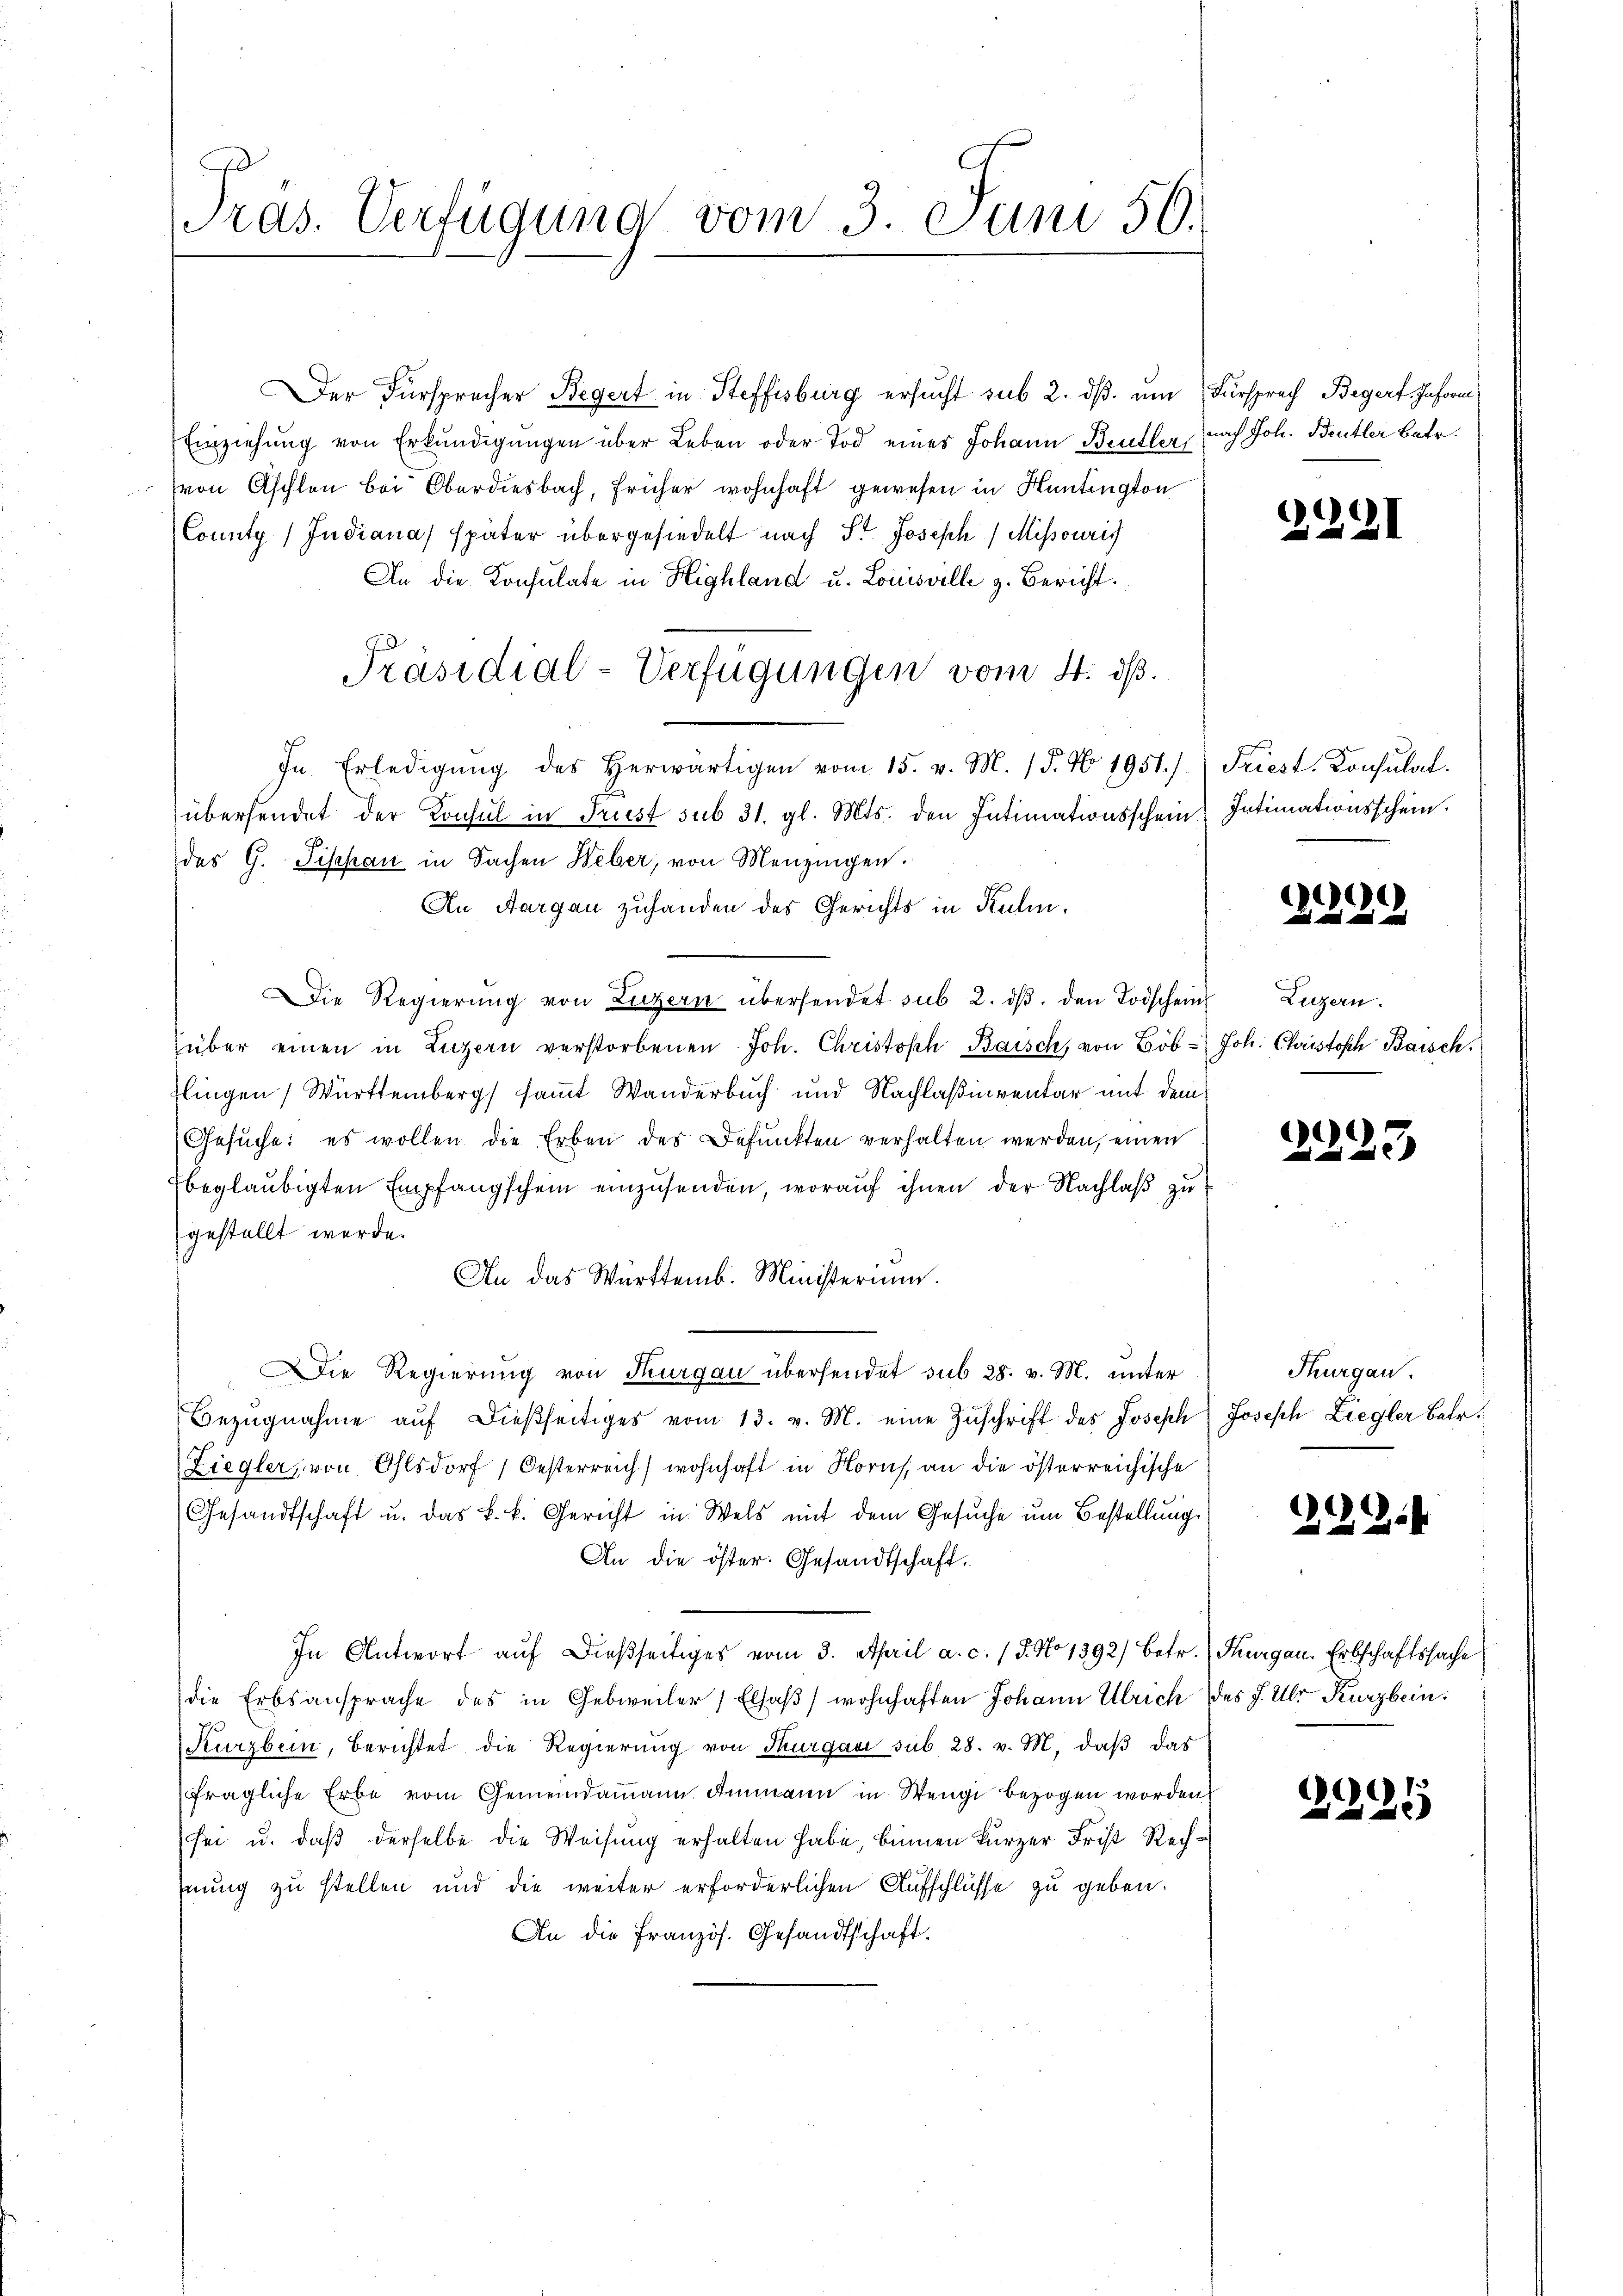
Pras. Verfügung vom 3. Juni 50.

Der Fürsprecher Begert in Steffisburg ersucht sub 2. dβ ŭm Fürsprach Begert. Inforn,
Einziehung von Erkundigungen über Leben oder Tod eines Johann Bentler, nach Joh. Bentler Betr.
von Aschlen bei Oberdiesbach, früher wohnhaft gewesen in Huntington
County / Indiana später übergesiedelt nach St. Joseph Missouris
An die Konsulate in Highland u. Louisville z. Bericht.
Präsidial-Verfügungen vom 4. dß.
In Erledigŭng des herwärtigen vom 15. v. M. 15. No. 1951.) Friest. Consulat
übersendet der Konsul in Prust sub 31. gl. Mts. den Intimationsschein Intimationsschein.
des G. Pischau in Sachen Weber, von Menzingen.
An Aargau zuhanden des Gerichts in Kulm,
Die Regierŭng von Luzern übersendet sub 2. dβ. den Todschein
über einen in Luzern verstorbenen Joh. Christoph Baisch, von Böb Joh. Christoph Baisch
dlingen Württemberg samt Wanderbuch und Nachlaßinventar mit dem
Gesuche: es wollen die Erben des Befunkten verhalten werden, einen
beglaubigten Empfangschein einzusenden, worauf ihnen der Nachlaß zu
gestellt werde.
An das Württemb. Ministerium.
Die Regierung von Thurgau übersendet sub 28. v. M. unter
Bezŭgnahme aŭf dießseitiges vom 13. v. M. eine Zŭschrift des Joseph Joseph Liegler Betr.
Ziegler, von Ohlsdorf, Oesterreich wohnhaft in Horns an die österreichische
Gesandtschaft u. das k. k. Gericht in Wels mit dem Gesuche um Bestellung.
An die öster. Gesandtschaft.
In Antwort auf dießseitiges vom 3. April a. c. / 5. No 1392) betr. Thurgau, Erbschaftssache
die Erbsansprache des in Gebweiler, Elsaβ) wohnhaften Johann Ulrich des J. Uhr Kurzbein.
Kurzbein, Berichtet die Regierŭng von Thurgau sub 28. v. M. daβ das
fragliche Erbe vom Gemeindammann Ammann in Wengi bezogen worden
sei u. daß derselbe die Weisung erhalten habe, binnen kurzer Frist Rechhnung zu stellen und die weiter erforderlichen Aufschlüsse zu geben.
An die Französ. Gesandtschaft

2221

G

.

Luzern.

2223

Thurgau.

2

.

2

.

3199